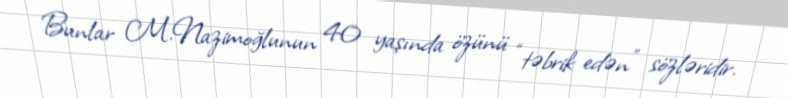
Bunlar M.Nazimoğlunun 40 yaşında özünü “təbrik edən” sözləridir.